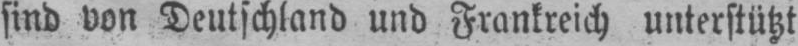
sind von Deutschland und Frankreich unterstützt